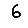
Digit: 6